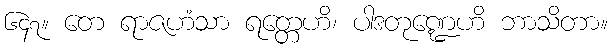
၆၄၇။ တေ ရာဇဟံသာ ရတ္တေဟိ၊ ပါဒတုဏ္ဍေဟိ ဘာသိတာ။